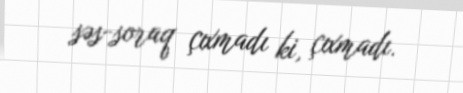
səs-soraq çıxmadı ki, çıxmadı.